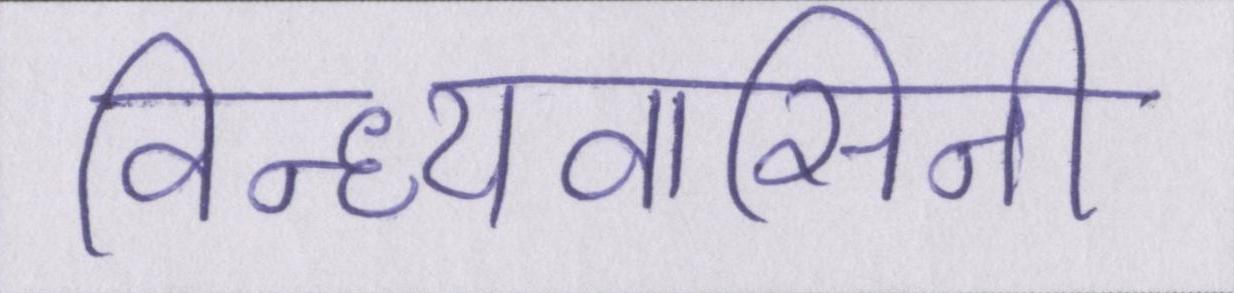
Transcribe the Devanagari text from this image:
विन्ध्यवासिनी